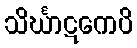
သိင်္ဃာဋကေပိ